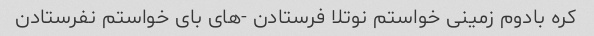
کره بادوم زمینی خواستم نوتلا فرستادن -های بای خواستم نفرستادن